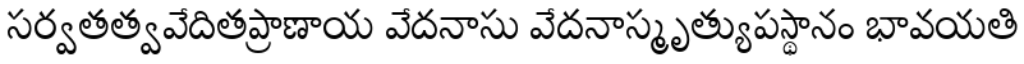
సర్వతత్వవేదితప్రాణాయ వేదనాసు వేదనాస్మృత్యుపస్థానం భావయతి